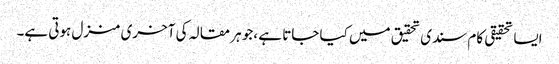
ایسا تحقیقی کام سندی تحقیق میں کیا جاتا ہے ،جو ہر مقالہ کی آخری منزل ہوتی ہے۔